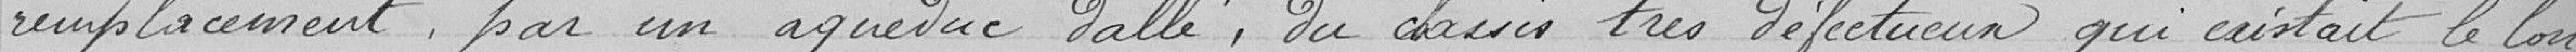
remplacement par un aqueduc dallé, du châssis très défectueux qui existait le long